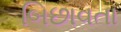
બિછાવતા